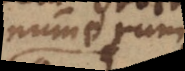
numerum